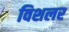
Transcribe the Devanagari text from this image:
विशलर